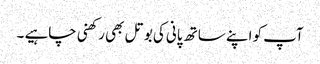
آپ کو اپنے ساتھ پانی کی بوتل بھی رکھنی چاہیے ۔